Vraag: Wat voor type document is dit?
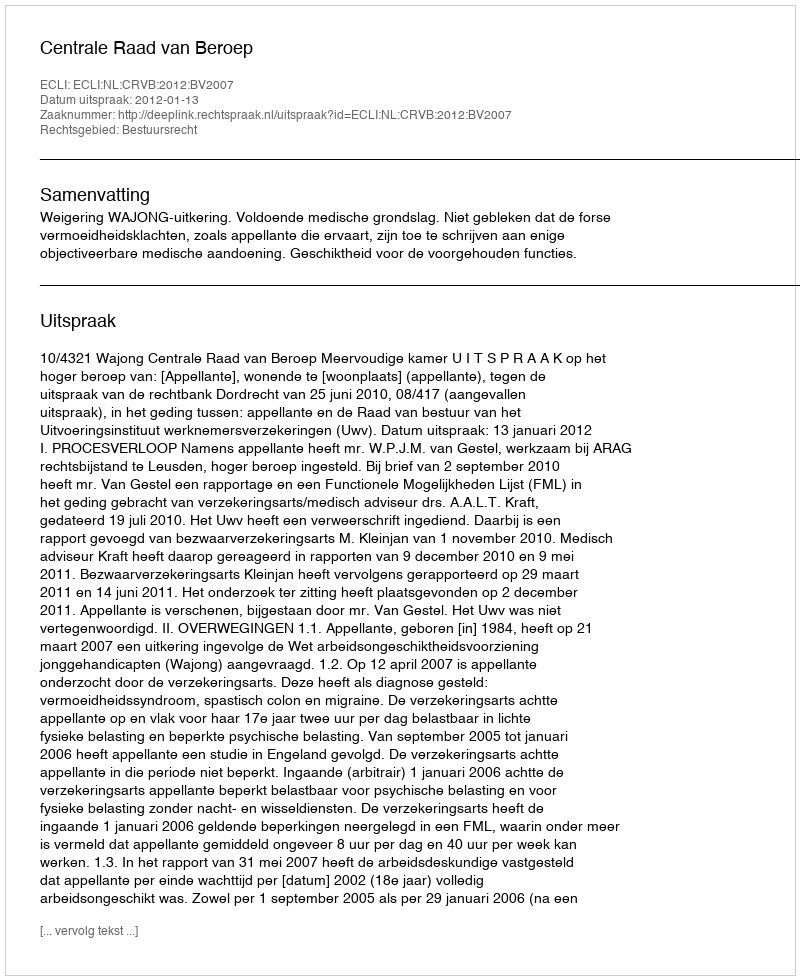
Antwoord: Uitspraak